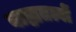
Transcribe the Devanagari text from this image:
बाह्यतत्वों